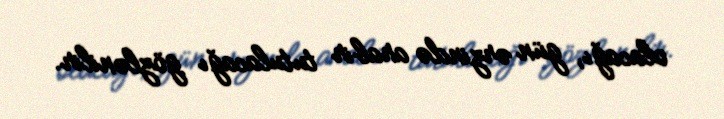
olacağı, gün ərzində arabir tutulacağı gözlənilir.